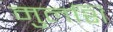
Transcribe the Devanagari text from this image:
मुलशि